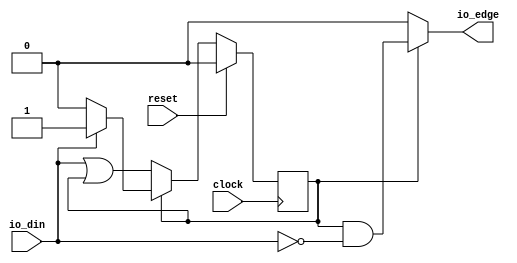
module EdgeDetect(
  input   clock,
  input   reset,
  input   io_din,
  output  io_edge
);
`ifdef RANDOMIZE_REG_INIT
  reg [31:0] _RAND_0;
`endif // RANDOMIZE_REG_INIT
  reg  stateReg; // @[EdgeDetect.scala 17:25]
  wire  _T = ~stateReg; // @[Conditional.scala 37:30]
  wire  _GEN_0 = io_din | stateReg; // @[EdgeDetect.scala 24:20]
  wire  _T_2 = ~io_din; // @[EdgeDetect.scala 33:13]
  wire  _GEN_4 = stateReg & _T_2; // @[Conditional.scala 39:67]
  assign io_edge = _T ? 1'h0 : _GEN_4; // @[EdgeDetect.scala 19:11 EdgeDetect.scala 36:19]
`ifdef RANDOMIZE_GARBAGE_ASSIGN
`define RANDOMIZE
`endif
`ifdef RANDOMIZE_INVALID_ASSIGN
`define RANDOMIZE
`endif
`ifdef RANDOMIZE_REG_INIT
`define RANDOMIZE
`endif
`ifdef RANDOMIZE_MEM_INIT
`define RANDOMIZE
`endif
`ifndef RANDOM
`define RANDOM $random
`endif
`ifdef RANDOMIZE_MEM_INIT
  integer initvar;
`endif
`ifndef SYNTHESIS
`ifdef FIRRTL_BEFORE_INITIAL
`FIRRTL_BEFORE_INITIAL
`endif
initial begin
  `ifdef RANDOMIZE
    `ifdef INIT_RANDOM
      `INIT_RANDOM
    `endif
    `ifndef VERILATOR
      `ifdef RANDOMIZE_DELAY
        #`RANDOMIZE_DELAY begin end
      `else
        #0.002 begin end
      `endif
    `endif
`ifdef RANDOMIZE_REG_INIT
  _RAND_0 = {1{`RANDOM}};
  stateReg = _RAND_0[0:0];
`endif // RANDOMIZE_REG_INIT
  `endif // RANDOMIZE
end // initial
`ifdef FIRRTL_AFTER_INITIAL
`FIRRTL_AFTER_INITIAL
`endif
`endif // SYNTHESIS
  always @(posedge clock) begin
    if (reset) begin
      stateReg <= 1'h0;
    end else if (_T) begin
      stateReg <= _GEN_0;
    end else if (stateReg) begin
      if (_T_2) begin
        stateReg <= 1'h0;
      end
    end
  end
endmodule
module ShiftRegister(
  input        clock,
  input        reset,
  input        io_in,
  input        io_enable,
  output [7:0] io_out
);
`ifdef RANDOMIZE_REG_INIT
  reg [31:0] _RAND_0;
  reg [31:0] _RAND_1;
  reg [31:0] _RAND_2;
  reg [31:0] _RAND_3;
  reg [31:0] _RAND_4;
  reg [31:0] _RAND_5;
  reg [31:0] _RAND_6;
  reg [31:0] _RAND_7;
`endif // RANDOMIZE_REG_INIT
  reg  registers_0; // @[ShiftRegister.scala 21:26]
  reg  registers_1; // @[ShiftRegister.scala 21:26]
  reg  registers_2; // @[ShiftRegister.scala 21:26]
  reg  registers_3; // @[ShiftRegister.scala 21:26]
  reg  registers_4; // @[ShiftRegister.scala 21:26]
  reg  registers_5; // @[ShiftRegister.scala 21:26]
  reg  registers_6; // @[ShiftRegister.scala 21:26]
  reg  registers_7; // @[ShiftRegister.scala 21:26]
  wire [7:0] _T_8 = {registers_0,registers_1,registers_2,registers_3,registers_4,registers_5,registers_6,registers_7}; // @[Cat.scala 29:58]
  wire [7:0] _T_12 = {{4'd0}, _T_8[7:4]}; // @[Bitwise.scala 103:31]
  wire [7:0] _T_14 = {_T_8[3:0], 4'h0}; // @[Bitwise.scala 103:65]
  wire [7:0] _T_16 = _T_14 & 8'hf0; // @[Bitwise.scala 103:75]
  wire [7:0] _T_17 = _T_12 | _T_16; // @[Bitwise.scala 103:39]
  wire [7:0] _GEN_8 = {{2'd0}, _T_17[7:2]}; // @[Bitwise.scala 103:31]
  wire [7:0] _T_22 = _GEN_8 & 8'h33; // @[Bitwise.scala 103:31]
  wire [7:0] _T_24 = {_T_17[5:0], 2'h0}; // @[Bitwise.scala 103:65]
  wire [7:0] _T_26 = _T_24 & 8'hcc; // @[Bitwise.scala 103:75]
  wire [7:0] _T_27 = _T_22 | _T_26; // @[Bitwise.scala 103:39]
  wire [7:0] _GEN_9 = {{1'd0}, _T_27[7:1]}; // @[Bitwise.scala 103:31]
  wire [7:0] _T_32 = _GEN_9 & 8'h55; // @[Bitwise.scala 103:31]
  wire [7:0] _T_34 = {_T_27[6:0], 1'h0}; // @[Bitwise.scala 103:65]
  wire [7:0] _T_36 = _T_34 & 8'haa; // @[Bitwise.scala 103:75]
  assign io_out = _T_32 | _T_36; // @[ShiftRegister.scala 32:12]
`ifdef RANDOMIZE_GARBAGE_ASSIGN
`define RANDOMIZE
`endif
`ifdef RANDOMIZE_INVALID_ASSIGN
`define RANDOMIZE
`endif
`ifdef RANDOMIZE_REG_INIT
`define RANDOMIZE
`endif
`ifdef RANDOMIZE_MEM_INIT
`define RANDOMIZE
`endif
`ifndef RANDOM
`define RANDOM $random
`endif
`ifdef RANDOMIZE_MEM_INIT
  integer initvar;
`endif
`ifndef SYNTHESIS
`ifdef FIRRTL_BEFORE_INITIAL
`FIRRTL_BEFORE_INITIAL
`endif
initial begin
  `ifdef RANDOMIZE
    `ifdef INIT_RANDOM
      `INIT_RANDOM
    `endif
    `ifndef VERILATOR
      `ifdef RANDOMIZE_DELAY
        #`RANDOMIZE_DELAY begin end
      `else
        #0.002 begin end
      `endif
    `endif
`ifdef RANDOMIZE_REG_INIT
  _RAND_0 = {1{`RANDOM}};
  registers_0 = _RAND_0[0:0];
  _RAND_1 = {1{`RANDOM}};
  registers_1 = _RAND_1[0:0];
  _RAND_2 = {1{`RANDOM}};
  registers_2 = _RAND_2[0:0];
  _RAND_3 = {1{`RANDOM}};
  registers_3 = _RAND_3[0:0];
  _RAND_4 = {1{`RANDOM}};
  registers_4 = _RAND_4[0:0];
  _RAND_5 = {1{`RANDOM}};
  registers_5 = _RAND_5[0:0];
  _RAND_6 = {1{`RANDOM}};
  registers_6 = _RAND_6[0:0];
  _RAND_7 = {1{`RANDOM}};
  registers_7 = _RAND_7[0:0];
`endif // RANDOMIZE_REG_INIT
  `endif // RANDOMIZE
end // initial
`ifdef FIRRTL_AFTER_INITIAL
`FIRRTL_AFTER_INITIAL
`endif
`endif // SYNTHESIS
  always @(posedge clock) begin
    if (reset) begin
      registers_0 <= 1'h0;
    end else if (io_enable) begin
      registers_0 <= io_in;
    end
    if (reset) begin
      registers_1 <= 1'h0;
    end else if (io_enable) begin
      registers_1 <= registers_0;
    end
    if (reset) begin
      registers_2 <= 1'h0;
    end else if (io_enable) begin
      registers_2 <= registers_1;
    end
    if (reset) begin
      registers_3 <= 1'h0;
    end else if (io_enable) begin
      registers_3 <= registers_2;
    end
    if (reset) begin
      registers_4 <= 1'h0;
    end else if (io_enable) begin
      registers_4 <= registers_3;
    end
    if (reset) begin
      registers_5 <= 1'h0;
    end else if (io_enable) begin
      registers_5 <= registers_4;
    end
    if (reset) begin
      registers_6 <= 1'h0;
    end else if (io_enable) begin
      registers_6 <= registers_5;
    end
    if (reset) begin
      registers_7 <= 1'h0;
    end else if (io_enable) begin
      registers_7 <= registers_6;
    end
  end
endmodule

module SPISlave(
  input        clock,
  input        reset,
  input        io_SPISignals_SCLK,
  input        io_SPISignals_MOSI,
  input        io_SPISignals_SS,
  output [7:0] io_currentByte,
  output       io_isCurrentlyReading
);
  wire  edgeDetect_clock; // @[SPISlave.scala 18:26]
  wire  edgeDetect_reset; // @[SPISlave.scala 18:26]
  wire  edgeDetect_io_din; // @[SPISlave.scala 18:26]
  wire  edgeDetect_io_edge; // @[SPISlave.scala 18:26]
  wire  shiftRegister_clock; // @[SPISlave.scala 21:29]
  wire  shiftRegister_reset; // @[SPISlave.scala 21:29]
  wire  shiftRegister_io_in; // @[SPISlave.scala 21:29]
  wire  shiftRegister_io_enable; // @[SPISlave.scala 21:29]
  wire [7:0] shiftRegister_io_out; // @[SPISlave.scala 21:29]
  wire  _T = ~io_SPISignals_SS; // @[SPISlave.scala 29:9]
  wire  _GEN_0 = edgeDetect_io_edge; // @[SPISlave.scala 31:31]
  wire  _GEN_1 = edgeDetect_io_edge & io_SPISignals_MOSI; // @[SPISlave.scala 31:31]
  EdgeDetect edgeDetect ( // @[SPISlave.scala 18:26]
    .clock(edgeDetect_clock),
    .reset(edgeDetect_reset),
    .io_din(edgeDetect_io_din),
    .io_edge(edgeDetect_io_edge)
  );
  ShiftRegister shiftRegister ( // @[SPISlave.scala 21:29]
    .clock(shiftRegister_clock),
    .reset(shiftRegister_reset),
    .io_in(shiftRegister_io_in),
    .io_enable(shiftRegister_io_enable),
    .io_out(shiftRegister_io_out)
  );
  assign io_currentByte = shiftRegister_io_out; // @[SPISlave.scala 25:18]
  assign io_isCurrentlyReading = ~io_SPISignals_SS; // @[SPISlave.scala 16:25 SPISlave.scala 30:27]
  assign edgeDetect_clock = clock;
  assign edgeDetect_reset = reset;
  assign edgeDetect_io_din = io_SPISignals_SCLK; // @[SPISlave.scala 19:21]
  assign shiftRegister_clock = clock;
  assign shiftRegister_reset = reset;
  assign shiftRegister_io_in = _T & _GEN_1; // @[SPISlave.scala 23:23 SPISlave.scala 33:27]
  assign shiftRegister_io_enable = _T & _GEN_0; // @[SPISlave.scala 22:27 SPISlave.scala 32:31]
endmodule